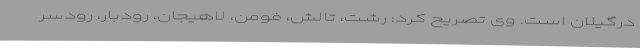
درگیلان است. وی تصریح کرد: رشت، تالش، فومن، لاهیجان، رودبار، رودسر